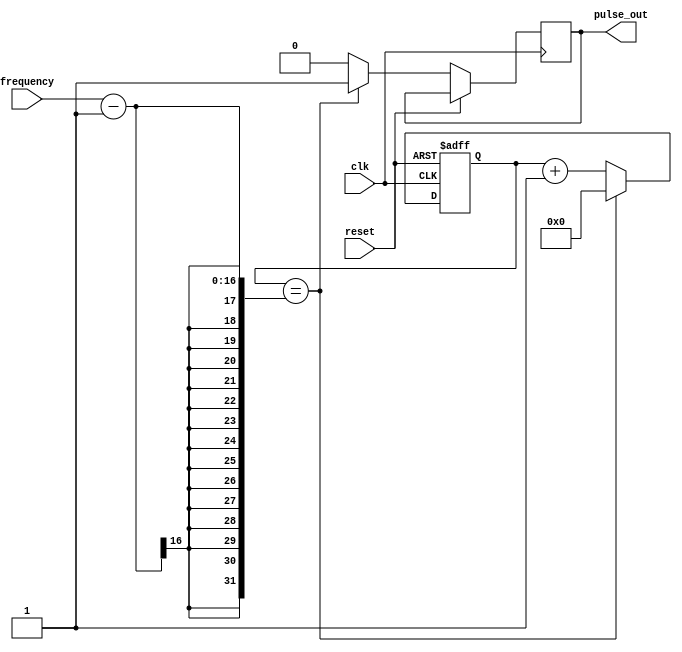
module var_freq_pulse_generator(
    input wire clk,
    input wire reset,
    input wire [15:0] frequency,
    output wire pulse_out
);

reg [15:0] count;

always @(posedge clk or posedge reset) begin
    if(reset) begin
        count <= 16'b0;
    end else begin
        if(count == frequency - 1) begin
            pulse_out <= 1;
            count <= 16'b0;
        end else begin
            pulse_out <= 0;
            count <= count + 1;
        end
    end
end

endmodule